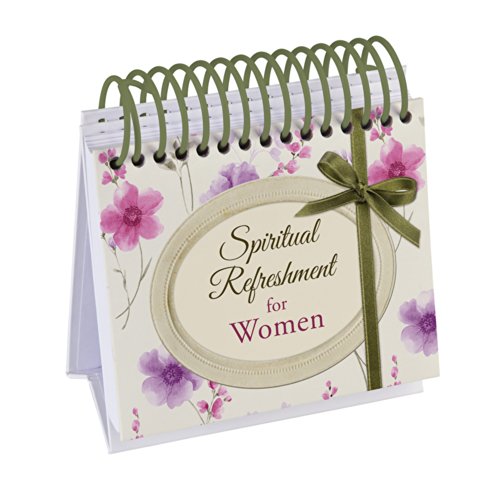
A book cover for Spiritual Refreshment for Women:  365 Days of Inspiration and Encouragement (365 Perpetual Calendars); Calendars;